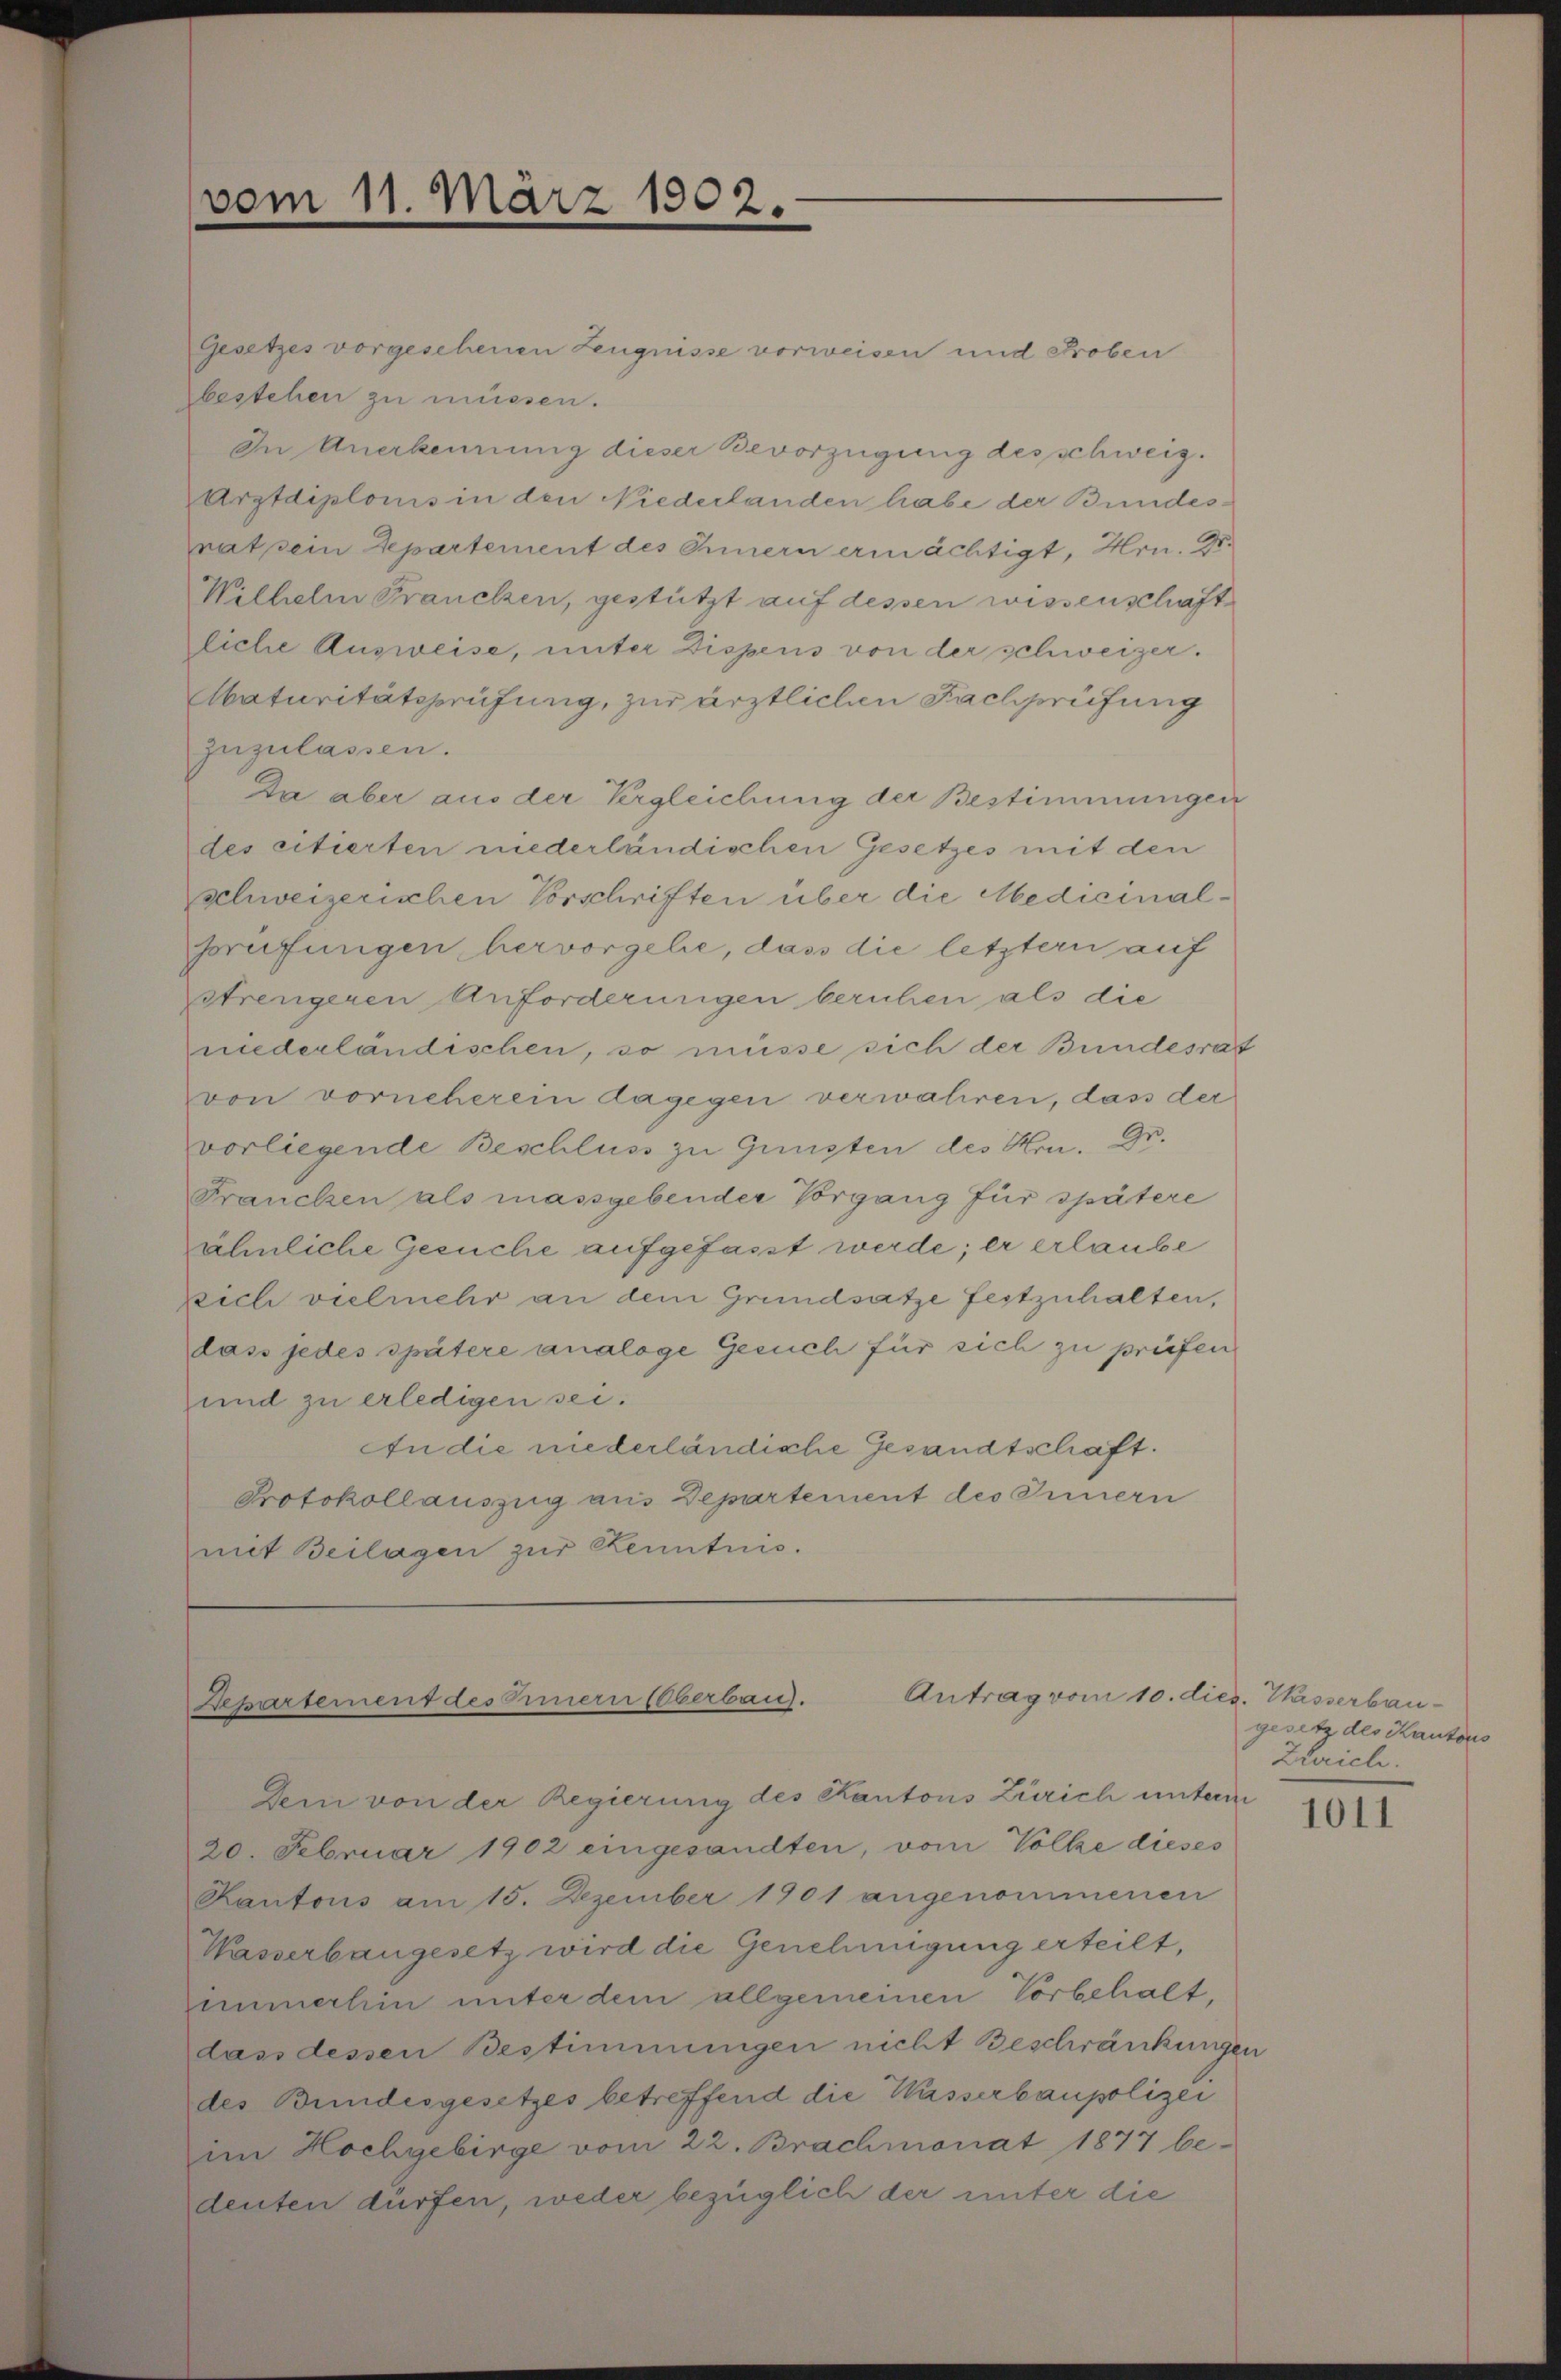
vom 11. März 1902.

Gesetzes vorgesehenen Zeugnisse vorweisen und Proben
zbestehen zu müssen.
In Anerkennung dieser Bevorzügung des schweiz.
Arztdiploms in den Niederlanden habe der Bundesmatsein Departement des Innern ermächtigt, Hrn. Dr.
Wilhelm Francken, gestützt auf dessen wissenschaft
liche Ausweise, unter Dispens von der schweizer.
Abaturitätsprüfung, zur ärztlichen Fachprüfung
zuzulassen.
Da aber aus der Vergleichung der Bestimmungen
des citierten niederländischen Gesetzes mit den
schweizerischen Vorschriften über die Medicinalporufungen, hervorgehe, dass die letztern auf
strengeren Anforderungen beruhen als die
niederländischen, so müsse sich der Bundesrat
vvon vorneherein dagegen verwahren, dass der
vorliegende Beschluss zu Gunsten des Hrn. Dr.
Francken als massgebender Vorgang für spätere
ähnliche Gesuche aufgefasst werde; er erlaube
zeich vielmehr an dem Grundsatze festzuhalten,
dass jedes spätere analoge Gesuch für sich zu prüfen
und zu erledigen sei.
An die niederländische Gesandtschaft.
Protokollauszug aus Departement des Innern
mit Beilagen zur Kenntnis.

Antrag vom 10. dies. Wasserbau¬
Departement des Innern Überbau.

Dem von der Regierung des Kantons Zürich unterm
20. Februar 1902 eingesandten, vom Volke dieses
Kantons am 15. Dezember 1901 angenommenen
Wasserbaugesetz wird die Genehmigung erteilt,
enmerhin unter dem allgemeinen Vorbehalt,
dass dessen Bestimmungen nicht Beschränkungen
des Bundesgesetzes betreffend die Wasserbaupolizei
im Hochgebirge vom 22. Brachmonat 1877 bedenten dürfen, weder bezüglich der unter die

gesetz des Kantons
Zürich.

1011